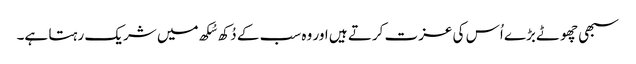
سبھی چھوٹے بڑے اُس کی عزت کرتے ہیں اور وہ سب کے دُکھ سُکھ میں شریک رہتا ہے۔